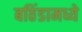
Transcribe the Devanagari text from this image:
बठिंडामध्ये